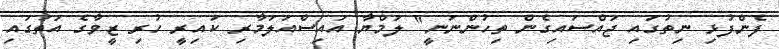
ފެންފުޅި ނިތުގައި ޖައްސައިގެން ތިހުންނަނީ" ލަމްޔާ އައިސްއަލަމާރި ކައިރީ ހުރި ޒީވާގެ އަތުގައި